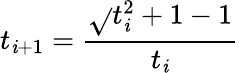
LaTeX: t_{\mathit{i}+1}={\frac{{{\sqrt{}{{t_{\mathit{i}}^{2}+1}}}-1}}{{t_{\mathit{i}}}}}